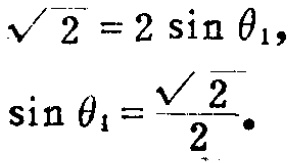
\(\sqrt{2}=2\sin\theta_{1},\)
\(\sin\theta_{1}=\frac{\sqrt{2}}{2}.\)